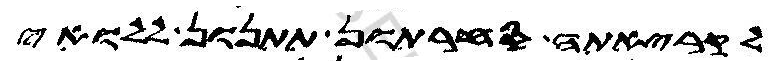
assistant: לקריאתה סחרתון תתנון ללואי